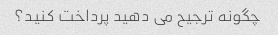
چگونه ترجیح می دهید پرداخت کنید؟